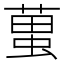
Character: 𧍣